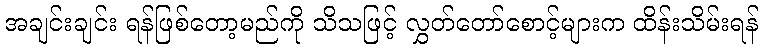
အချင်းချင်း ရန်ဖြစ်တော့မည်ကို သိသဖြင့် လွှတ်တော်စောင့်များက ထိန်းသိမ်းရန်